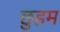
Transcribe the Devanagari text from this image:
छुहम